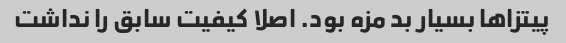
پیتزا‌ها بسیار بد مزه بود. اصلا کیفیت سابق را نداشت